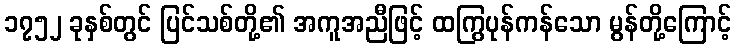
၁၇၅၂ ခုနှစ်တွင် ပြင်သစ်တို့၏ အကူအညီဖြင့် ထကြွပုန်ကန်သော မွန်တို့ကြောင့်